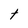
Character: t